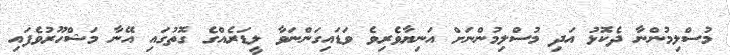
މުސްލިމުންނާ ދެކޮޅު އަދި މުސްލިމުންނަށް އަނިޔާވެރިވެ ވަޑައިގަންނަވާ ލީޑަރެއްގެ ގޮތުގައި އޭނާ މަޝްހޫރުވެފައި